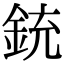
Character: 銃